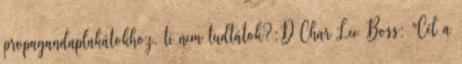
propagandaplakátokhoz, ti nem tudtátok?:D Char Lee Boss: "Cél a